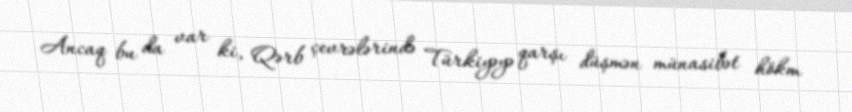
Ancaq bu da var ki, Qərb çevrələrində Türkiyəyə qarşı düşmən münasibət hökm